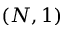
( N , 1 )